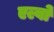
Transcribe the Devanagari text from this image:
एल्वो